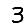
Digit: 3